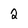
Character: 2